Annual administration report of the Civil Veterinary Department, Sind - 1944-1945
Year: 1944
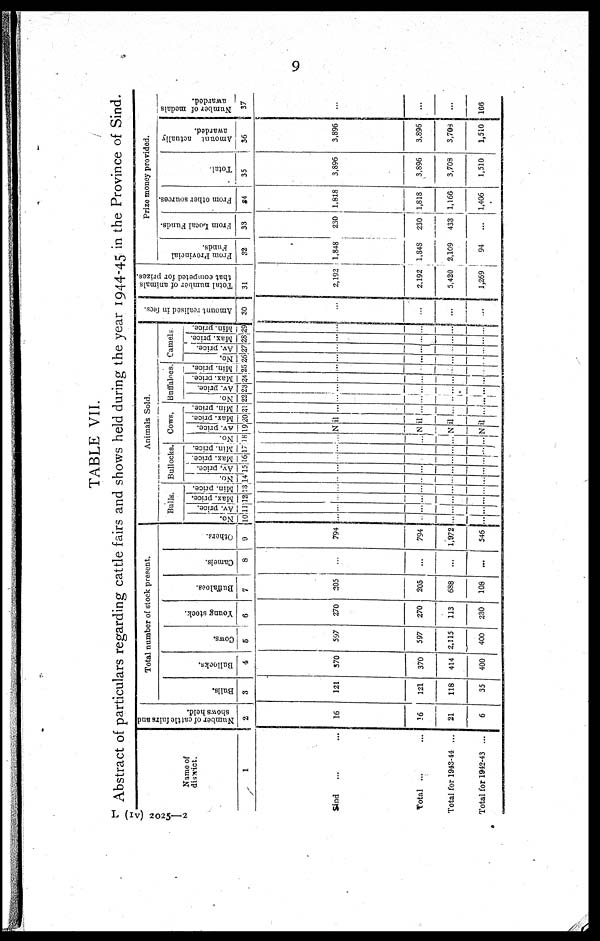
9
TABLE VII.
Abstract of particulars regarding cattle fairs and shows held during the year 1944-45 in the Province of Sind.
Name of
district.
1
Sind ... ...
Total ... ...
Total for 1943-44 ...
Total tor 1942-43 ...
Number of cattle fairs and
shows held.
2
16
16
21
6
Total number of stock present.
Bulls.
3
121
121
118
35
Bullocks.
4
370
370
414
400
Cows .
5
507
597
2,115
400
Young stock.
6
270
270
113
230
Buffaloes.
7
205
205
688
108
Ca me l
s .
8
...
...
...
...
Ot her s
9
794
794
1,972
546
Animals Sold.
Bulls.
No.
10
...
...
..
...
Av. price.
11
...
...
...
...
Max. price.
12
...
...
...
Min. price.
13
...
...
...
...
Bullocks.
No.
14
...
...
...
...
Av. price.
15
...
...
...
...
Max. price.
16
...
...
...
...
Min. price.
17
...
...
...
...
Cows,
No.
18
...
AV. price.
19
..
Max. price.
20
Nil
Nill
Nil
Nil.
Min. price.
21
...
...
...
...
Buffaloes.
No.
22
...
...
...
...
Av. price.
23
...
...
...
...
Max. price.
24
...
...
...
...
Min. price.
25
...
...
...
...
Camels
No.
26
...
...
...
...
Av. price.
27
...
...
...
...
Max. price.
28
...
...
...
...
Min. price.
29
...
...
...
...
Amount realised in fees.
30
...
...
...
...
Total number of animals
that competed for prizes.
31
2,192
2.192
5,420
1,269
Prize money provided.
From Provincial
Funds.
32
1,848
1,848
2,109
94
From Local Funds.
33
230
230
433
...
From other sources.
34
1.818
1,818
1,166
1,406
Total.
35
3,896
3,896
3,703
1,510
Amount actually
awarded.
36
3,896
3,896
3,704
1,510
Number of medals
awarded.
37
...
...
...
166
L (IV) 2025—2